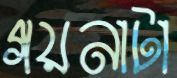
গয়নাটা